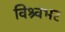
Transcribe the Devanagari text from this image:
विश्र्वभर